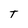
Character: T